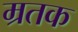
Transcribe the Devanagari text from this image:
म्रतक